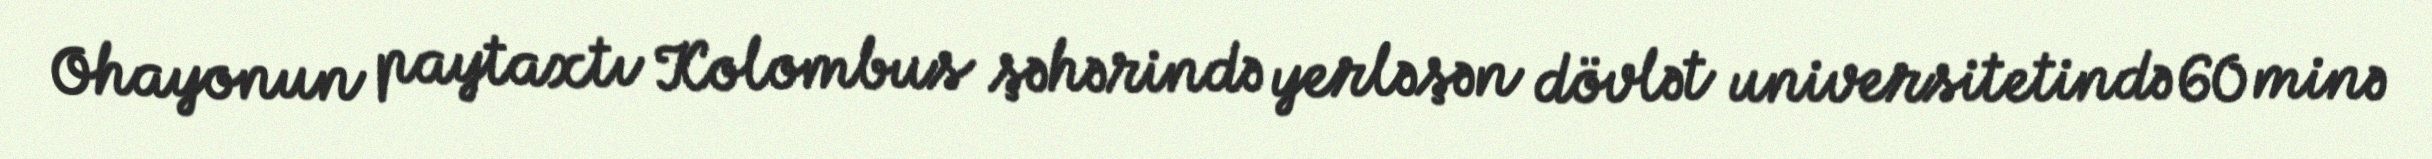
Ohayonun paytaxtı Kolombus şəhərində yerləşən dövlət universitetində 60 minə